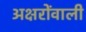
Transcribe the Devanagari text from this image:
अक्षरोंवाली